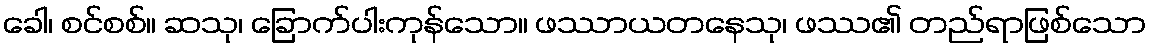
ခေါ၊ စင်စစ်။ ဆသု၊ ခြောက်ပါးကုန်သော။ ဖဿာယတနေသု၊ ဖဿ၏ တည်ရာဖြစ်သော